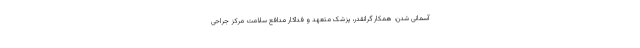
آسمانی شدن، همکار گرانقدر، پزشک متعهد و فداکار مدافع سلامت مرکز جراحی